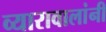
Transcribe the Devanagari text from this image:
व्यारावालांनी